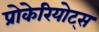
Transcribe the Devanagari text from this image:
प्रोकेरियोट्स